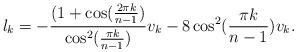
LaTeX: \begin{align*}l_k=-\frac{(1+ \cos(\frac{2 \pi k} {n-1}) }{\cos^{2}(\frac{\pi k}{n-1})}v_k-8\cos^{2}(\frac{\pi k}{n-1})v_k.\end{align*}